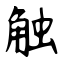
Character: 触